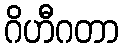
ဂိဟီဂတာ